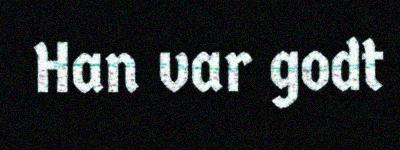
Han var godt